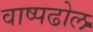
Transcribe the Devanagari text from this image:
वाष्पढोल